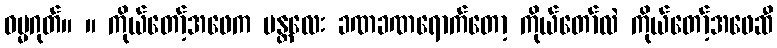
ဓမ္မဂုတ်။ ။ ကိုယ်တော့်အဖေက မန္တလေး ခဏခဏရောက်တော့ ကိုယ်တော်လဲ ကိုယ်တော့်အဖေဆီ